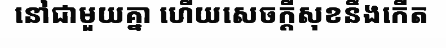
នៅជាមួយគ្នា ហើយសេចក្តីសុខនឹងកើត